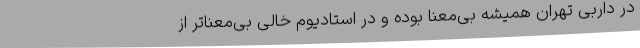
در داربی تهران همیشه بی‌معنا بوده و در استادیوم خالی بی‌معناتر از